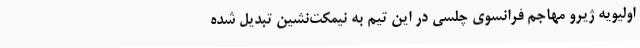
اولیویه ژیرو مهاجم فرانسوی چلسی در این تیم به نیمکت‌نشین تبدیل شده